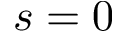
s = 0